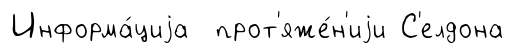
Информа́циjа прот'яже́н'иjи С'елдона